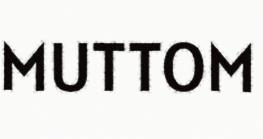
MUTTOM